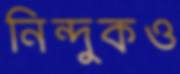
নিন্দুকও